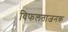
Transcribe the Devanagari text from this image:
विफलताजनक